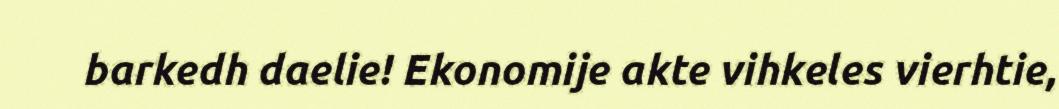
barkedh daelie! Ekonomije akte vihkeles vierhtie,